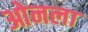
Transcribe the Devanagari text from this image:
ओनला